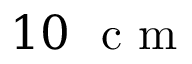
1 0 ~ \textrm { c m }